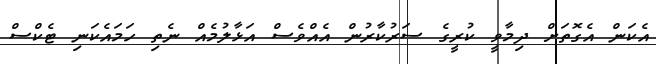
އެކަން އެގޮތަށް ދިމާވީ ކުރީގެ ސަރުކާރުން އެއްވެސް އަޅާލުމެއް ނެތި ހަމައެކަނި ޓެކްސް